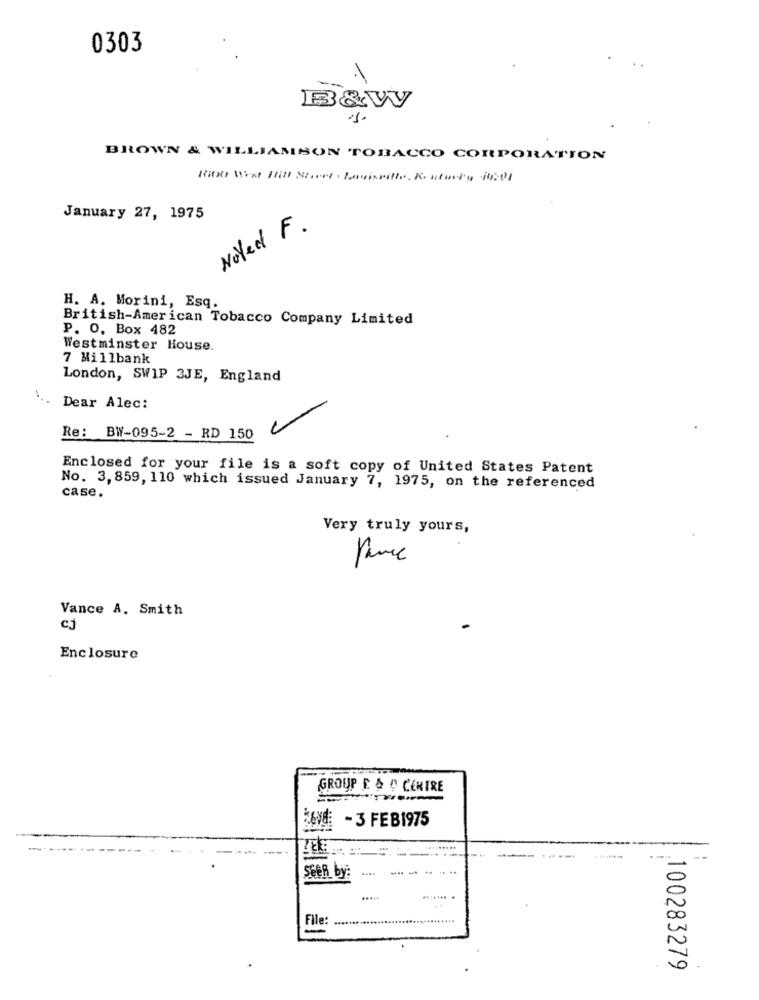
0303
B&Vy
BROWN & WILLIAMSON TOBACCO CORPORATION
January 27, 1975
Noted F .
H. A. Morini, Esq.
British-American Tobacco Company Limited
P. O. Box 482
Westminster House.
7 Millbank
London, SWIP 3JE, England
Dear Alec:
Re: BW-095-2 - RD 150
Enclosed for your file is a soft copy of United States Patent
No. 3,859, 110 which issued January 7, 1975, on the referenced
case.
Very truly yours,
Vance A. Smith
cj
Enclosure
GROUP E & # CENTRE
SANS - 3 FEB1975
Seen by:
....
....
.....
File:
-
100283279